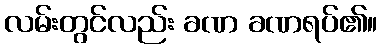
လမ်းတွင်လည်း ခဏ ခဏရပ်၏။